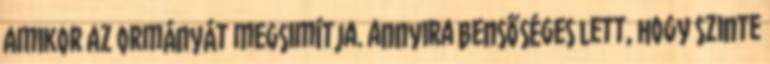
amikor az ormányát megsimítja. annyira bensőséges lett, hogy szinte